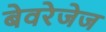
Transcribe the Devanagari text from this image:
बेवरेजेज